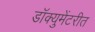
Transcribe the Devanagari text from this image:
डॉक्युमेंटरीत